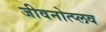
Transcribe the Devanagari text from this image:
जीवनोत्प्लव